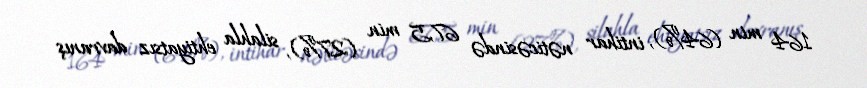
164 min (64%), intihar nəticəsində 67,5 min (27%), silahla ehtiyatsız davranış